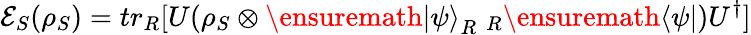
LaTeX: \mathcal{E}_{S}(\rho_{S})=tr_{R}[U(\rho_{S}\otimes\ensuremath{\left|\psi\right\rangle}_{R}\; _{R}\ensuremath{\left\langle\psi\right|})U^{\dagger}]